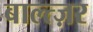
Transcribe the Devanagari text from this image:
बाल्त्ज़र